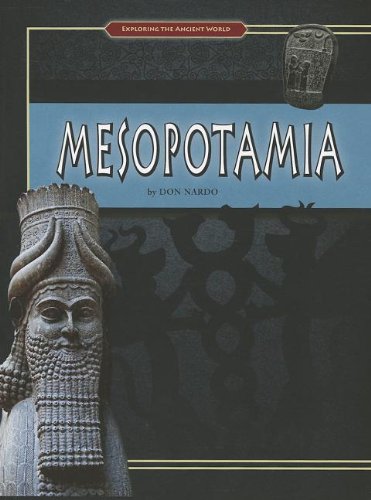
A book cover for Mesopotamia (Exploring the Ancient World); Don Nardo; Children's Books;